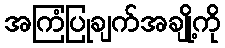
အကြံပြုချက်အချို့ကို